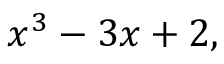
x ^ { 3 } - 3 x + 2 ,